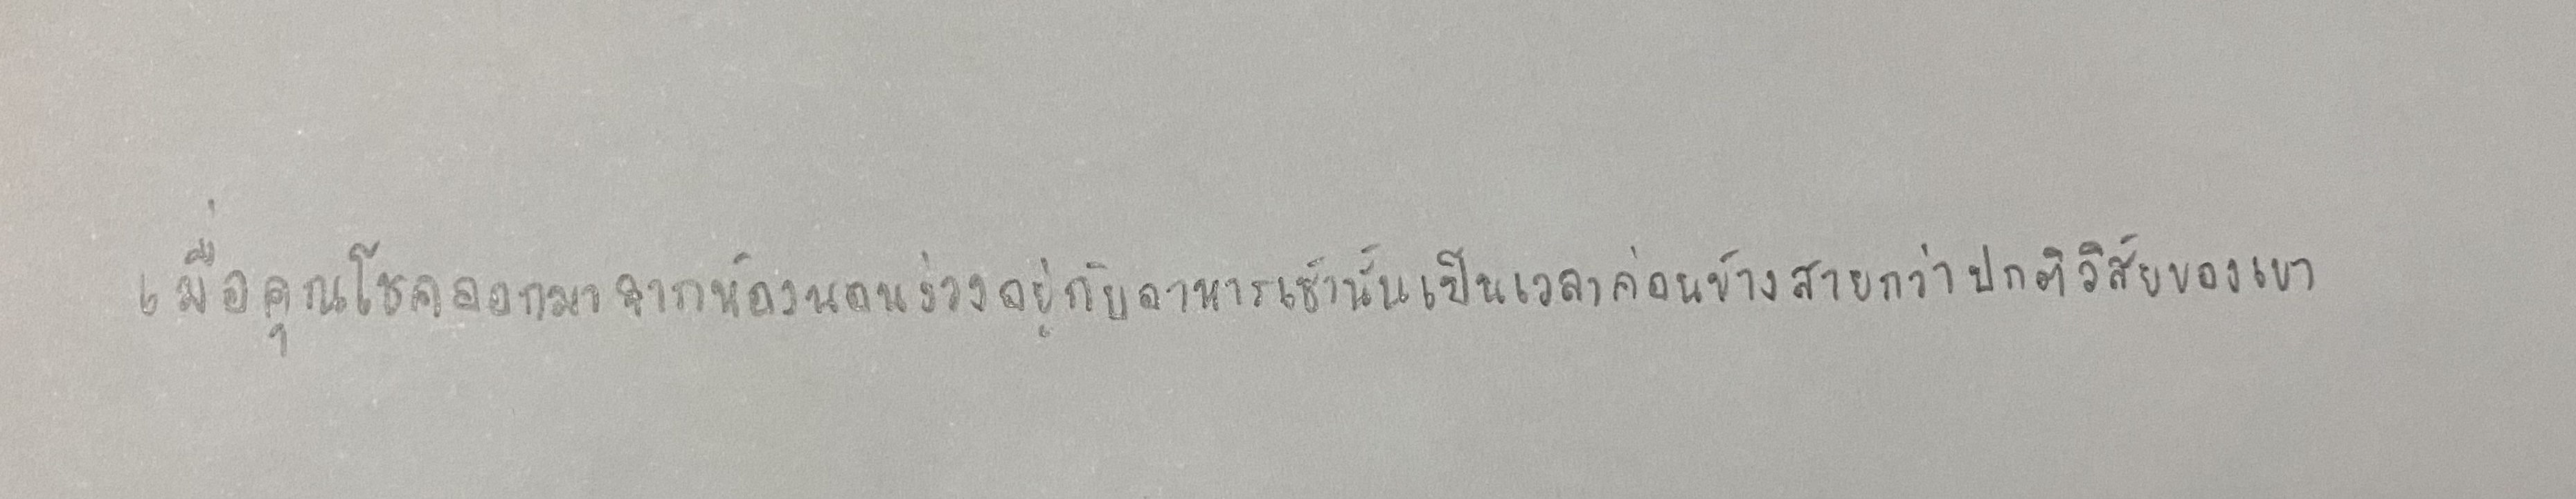
เมื่อคุณโชคออกมาจากห้องนอนง่วนอยู่กับอาหารเช้านั้นเป็นเวลาค่อนข้างสายกว่าปกติวิสัยของเขา